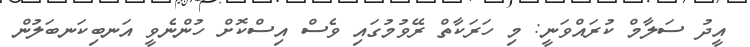
އީދު ސަލާމް ކުރައްވަނީ: މި ހަރަކާތް ރޭވުމުގައި ވެސް އިސްކޮށް ހުންނެވީ އަނބިކަނބަލުން